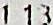
1.13